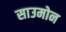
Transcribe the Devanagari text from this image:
साउमोन